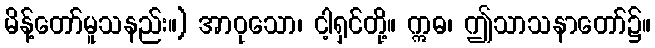
မိန့်တော်မူသနည်း။) အာဝုသော၊ ငါ့ရှင်တို့။ ဣဓ၊ ဤသာသနာတော်၌။